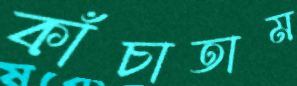
কাঁচাতাম